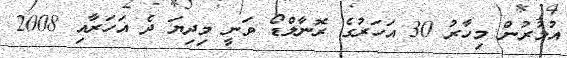
އުމުރުން މިހާރު 30 އަހަރުގެ ރޮނާލްޑޯ ވަނީ މިދިޔަ ދެ އަހަރާއި 2008